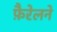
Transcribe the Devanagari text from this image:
फ़ैरेलने